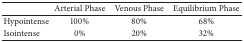
<table><thead><tr><td>[EMPTY_CELL]</td><td><b>Arterial Phase</b></td><td><b>Venous Phase</b></td><td><b>Equilibrium Phase</b></td></tr></thead><tbody><tr><td>Hypointense</td><td>100%</td><td>80%</td><td>68%</td></tr><tr><td>Isointense</td><td>0%</td><td>20%</td><td>32%</td></tr></tbody></table>